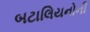
બટાલિયનોની